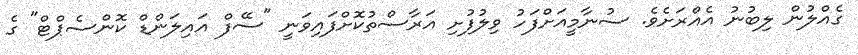
ގެއްލުން ލިބުނު އެއްރަށެވެ. ސުނާމީއަށްފަހު ވިލުފުށި އަރާސްތުކޮށްފައިވަނީ "ސޭފް އައިލަންޑް ކޮންސެޕްޓް" ގެ